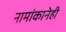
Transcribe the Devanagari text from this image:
नामांकानेही